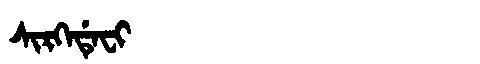
Manchu: ᠰᡳᡵᡴᡝᡩᡝᠸᡳ
Romanization: SIRKEDEFI